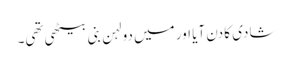
شادی کا دن آیا اور میں دولہن بنی بیٹھی تھی۔